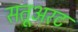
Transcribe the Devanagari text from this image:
सतूअरट